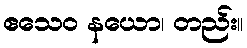
ဧသေဝ နယော၊ တည်း။